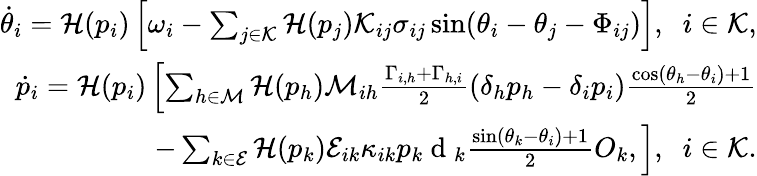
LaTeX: \begin{array}{r}{\dot{\theta}_{i}=\mathcal{H}(p_{i})\left[\omega_{i}-\sum_{j\in\mathcal{K}}\mathcal{H}(p_{j})\mathcal{K}_{ij}\sigma_{ij}\sin(\theta_{i}-\theta_{j}-\Phi_{ij})\right],\; \; i\in\mathcal{K},}\\ {\dot{p}_{i}=\mathcal{H}(p_{i})\left[\sum_{h\in\mathcal{M}}\mathcal{H}(p_{h})\mathcal{M}_{ih}\frac{\Gamma_{i,h}+\Gamma_{h,i}}{2}(\delta_{h}p_{h}-\delta_{i}p_{i})\frac{\cos(\theta_{h}-\theta_{i})+1}{2}\right.}\\ {-\left.\sum_{k\in\mathcal{E}}\mathcal{H}(p_{k})\mathcal{E}_{ik}\kappa_{ik}p_{k}\mathrm{~d~}_{k}\frac{\sin(\theta_{k}-\theta_{i})+1}{2}O_{k},\right],\; \; i\in\mathcal{K}.}\end{array}